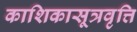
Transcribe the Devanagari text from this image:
काशिकासूत्रवृत्ति